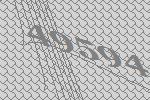
49594